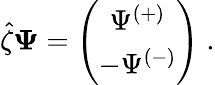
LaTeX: \hat{\zeta}{\mathbf\Psi}=\left(\begin{array}{c}{{\Psi^{(+)}}}\\ {{-\Psi^{(-)}}}\end{array}\right)\; .